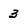
Character: 3